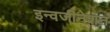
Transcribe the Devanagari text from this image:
इन्वजीनेशन